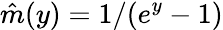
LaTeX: \hat{m}(y)=1/(e^{y}-1)